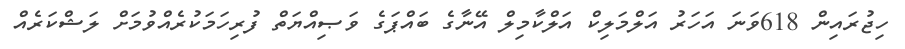
ހިޖުރައިން 618ވަނަ އަހަރު އަލްމަލިކް އަލްކާމިލް އޭނާގެ ބައްޕަގެ ވަޞިއްޔަތް ފުރިހަމަކުރެއްވުމަށް ލަޝްކަރެއް